Lunatic asylums Punjab 1895-1910 - 1895-1910
Year: 1895
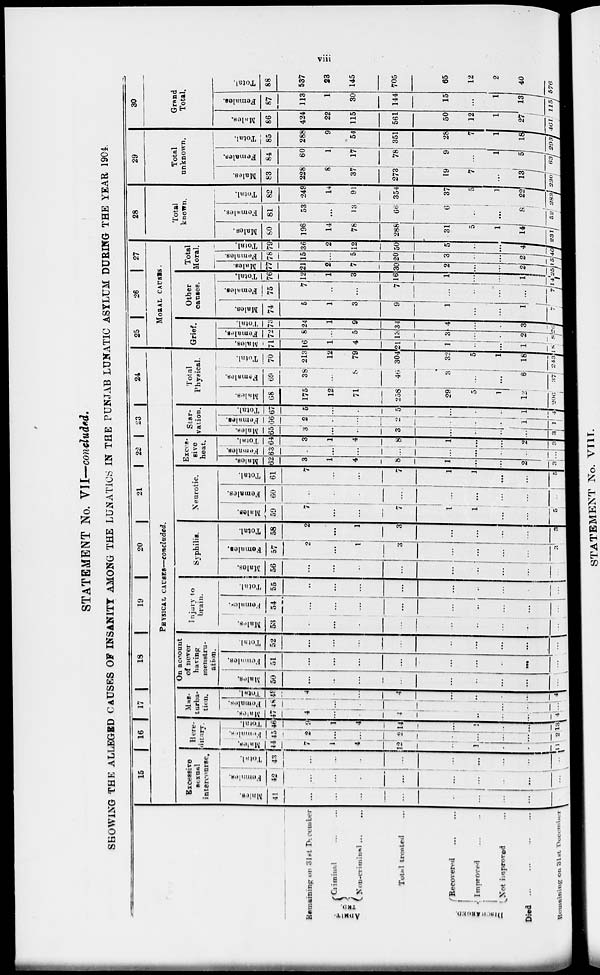
viii
STATEMENT No. VII—concluded.
SHOWING THE ALLEGED CAUSES OF INSANITY AMONG THE LUNATICS IN THE PUNJAB LUNATIC ASYLUM DURING THE YEAR 1904.
Remaining on 31st December
ADMIT-
TED.
Criminal ... ...
Non-criminal ... ...
Total treated ...
DISCHARGED.
Recovered
...
...
Improved ... ...
Not improved ...
Died ... ... ... ...
Remaining on 31st December
15
16 17
18
19
20
21 22 23
24
PHYSICAL CAUSES—concluded.
Excessive
sexual
intercourse.
Males.
41
...
...
...
...
...
...
...
...
...
Females.
42
...
...
...
...
...
...
...
...
...
Total.
43
...
...
...
...
...
...
...
...
...
Here-
ditary.
Males.
44
7
1
4
12
...
1
...
...
11
Females.
45
2
...
...
2
...
...
...
...
2
Total.
46
9
1
4
14
...
1
...
...
13
Mas-
turba-
tion.
Males.
47
4
...
...
4
...
...
...
...
4
Females.
48
...
...
...
...
...
...
...
...
Total.
49
4
...
...
4
...
...
...
...
4
On account
of never
having
menstru-
ation.
Males.
50
...
...
...
...
...
...
...
...
...
Females.
51
...
...
...
...
...
...
...
...
...
Total.
52
...
...
...
...
...
...
...
...
...
Injury to
brain.
Males.
53
...
...
...
...
...
...
...
...
...
Females.
54
...
...
...
...
...
...
...
...
...
Total.
55
...
...
...
...
...
...
...
...
...
Syphilis.
Males.
56
...
...
...
...
...
...
...
...
...
Females.
57
2
...
1
3
...
...
...
...
3
Total.
58
2
...
1
3
...
...
...
...
3
Neurotic.
Males.
59
7
...
...
7
1
1
...
...
5
Females.
60
...
...
...
...
...
...
...
...
...
Total.
61
7
...
...
7
1
1
...
...
5
Exces-
sive
heat.
Males.
62
3
1
4
8
1
...
...
2
3
Females.
63
...
...
...
...
...
...
...
...
...
Total.
64
3
1
4
8
1
...
...
2
3
Star-
vation.
Males.
65
3
...
...
3
...
...
...
...
3
Females.
66
2
...
...
2
...
...
...
1
1
Total.
67
5
...
...
5
...
...
...
1
4
Total
Physical.
Males.
68
175
12
71
258
29
5
1
12
206
Females.
69
38
...
8
46
3
...
...
6
37
Total.
70
213
12
79
304
32
5
1
18
243
25
26
27
MORAL CAUSES.
Grief.
Males.
71
16
1
4
21
1
...
...
1
18
Females.
72
8
...
5
13
3
...
...
2
8
Total.
73
24
1
9
34
4
...
...
3
26
Other
causes.
Males.
74
5
1
3
9
1
...
...
1
7
Females.
75
7
...
...
7
...
...
...
...
7
Total.
76
12
1
3
16
1
...
...
1
14
Total
Moral.
Males.
77
21
2
7
30
2
...
...
2
25
Females.
78
15
...
5
20
3
...
...
2
15
Total.
79
36
2
12
50
5
...
...
4
40
28
Total
known.
Males.
80
196
14
78
288
31
5
1
14
231
Females.
81
53
...
13
66
6
...
...
8
52
Total.
82
249
14
91
354
37
5
1
22
283
29
Total
unknown.
Males.
83
228
8
37
273
19
7
...
13
230
Females.
84
60
1
17
78
9
...
1
5
63
Total.
85
288
9
54
351
28
7
1
18
293
30
Grand
Total.
Males.
86
424
22
115
561
50
12
1
27
461
Females.
87
113
1
30
144
15
...
1
13
115
Total.
88
537
23
145
705
65
12
2
40
576